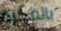
بالفكرة